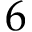
6